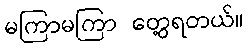
မကြာမကြာ တွေ့ရတယ်။